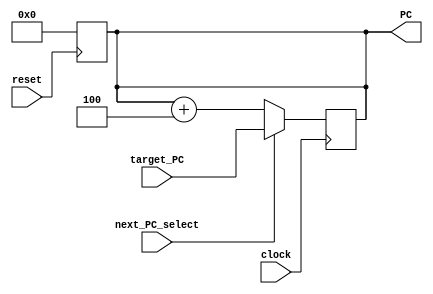
// Name: Quinn Meurer, Frank Yang, Alex Salmi
// BU ID: U45675030, U43169269, U04201274
// EC413 Project: Fetch Module

module fetch #(
  parameter ADDRESS_BITS = 16
) (
  input  clock,
  input  reset,
  input  next_PC_select,
  input  [ADDRESS_BITS-1:0] target_PC,
  output [ADDRESS_BITS-1:0] PC
);

reg [ADDRESS_BITS-1:0] PC_reg;

assign PC = PC_reg;

/******************************************************************************
*                      Start Your Code Here
******************************************************************************/

always@(posedge clock) begin
	if (next_PC_select == 1'b0) begin
		PC_reg <= PC_reg + 4;
	end else begin
		PC_reg <= target_PC;
	end
end

always@(posedge reset) begin
	PC_reg <= 16'h0000;
end

endmodule